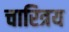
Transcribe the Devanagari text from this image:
चारित्रय